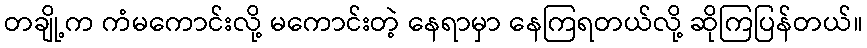
တချို့က ကံမကောင်းလို့ မကောင်းတဲ့ နေရာမှာ နေကြရတယ်လို့ ဆိုကြပြန်တယ်။